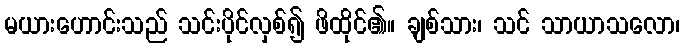
မယားဟောင်းသည် သင်းပိုင်လှစ်၍ ဖိထိုင်၏။ ချစ်သား၊ သင် သာယာသလော၊